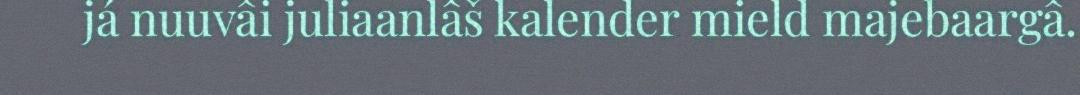
já nuuvâi juliaanlâš kalender mield majebaargâ.